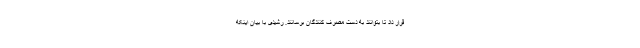
قرار داد تا بتوانند به دست مصرف کنندگان برسانند. رشیدی با بیان اینکه